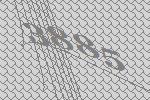
3885